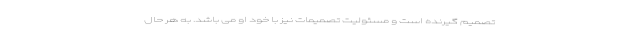
تصمیم گیرنده است و مسئولیت تصمیمات نیز با خود او می باشد. به هر حال